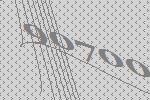
90700